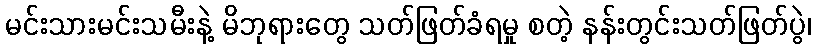
မင်းသားမင်းသမီးနဲ့ မိဘုရားတွေ သတ်ဖြတ်ခံရမှု စတဲ့ နန်းတွင်းသတ်ဖြတ်ပွဲ၊